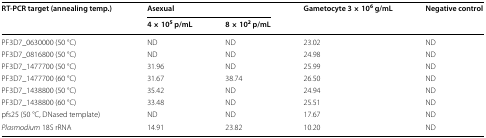
<table><thead><tr><td rowspan="2"><b>RT-PCR target (annealing temp.)</b></td><td colspan="2"><b>Asexual</b></td><td rowspan="2"><b>Gametocyte 3 × 10<sup>6</sup> g/mL</b></td><td rowspan="2"><b>Negative control</b></td></tr><tr><td><b>4 × 10<sup>5</sup> p/mL</b></td><td><b>8 × 10<sup>2</sup> p/mL</b></td></tr></thead><tbody><tr><td>PF3D7_0630000 (50 °C)</td><td>ND</td><td>ND</td><td>23.02</td><td>ND</td></tr><tr><td>PF3D7_0816800 (50 °C)</td><td>ND</td><td>ND</td><td>24.98</td><td>ND</td></tr><tr><td>PF3D7_1477700 (50 °C)</td><td>31.96</td><td>ND</td><td>25.99</td><td>ND</td></tr><tr><td>PF3D7_1477700 (60 °C)</td><td>31.67</td><td>38.74</td><td>26.50</td><td>ND</td></tr><tr><td>PF3D7_1438800 (50 °C)</td><td>35.42</td><td>ND</td><td>24.94</td><td>ND</td></tr><tr><td>PF3D7_1438800 (60 °C)</td><td>33.48</td><td>ND</td><td>25.51</td><td>ND</td></tr><tr><td>pfs25 (50 °C, DNased template)</td><td>ND</td><td>ND</td><td>17.67</td><td>ND</td></tr><tr><td><i>Plasmodium</i> 18S rRNA</td><td>14.91</td><td>23.82</td><td>10.20</td><td>ND</td></tr></tbody></table>